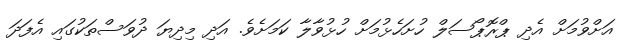
އަށްވުމަށް އެދި ޕްރޮޕޯސަލް ހުށަހެޅުމަށް ހުޅުވާލާ ކަމަށެވެ. އަދި މިދިޔަ ދުވަސްތަކުގައި އެފަދަ